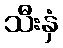
သီးနှံ